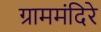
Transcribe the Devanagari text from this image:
ग्राममंदिरे